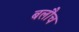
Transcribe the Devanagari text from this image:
बलौच